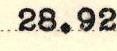
28.92